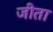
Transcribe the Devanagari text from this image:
जीता